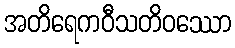
အတိရေကဝီသတိဝဿော